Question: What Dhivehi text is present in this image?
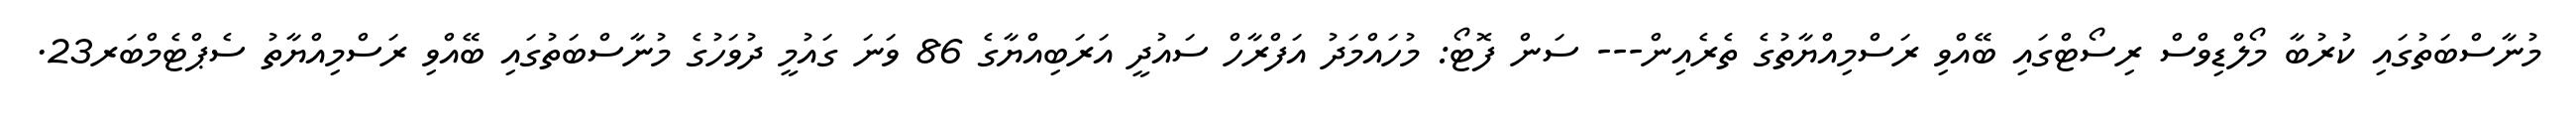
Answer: މުނާސްބަތުގައި ކުރުބާ މޯލްޑިވްސް ރިސޯޓްގައި ބޭއްވި ރަސްމިއްޔާތުގެ ތެރެއިން--- ސަން ފޮޓޯ: މުހައްމަދު އަފްރާހް ސައުދީ އަރަބިއްޔާގެ 86 ވަނަ ގައުމީ ދުވަހުގެ މުނާސްބަތުގައި ބޭއްވި ރަސްމިއްޔާތު ސެޕްޓެމްބަރ23.